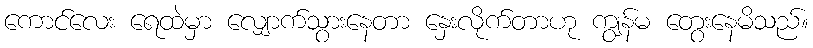
ကောင်လေး ရေထဲမှာ လျှောက်သွားနေတာ နှေးလိုက်တာဟု ကျွန်မ တွေးနေမိသည်။